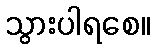
သွားပါရစေ။